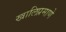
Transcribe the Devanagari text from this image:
खालिप्रमाणे